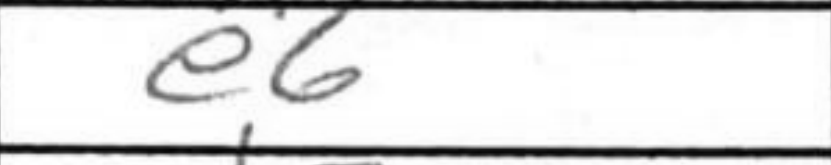
Transcription: e6